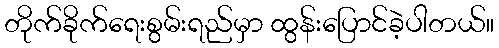
တိုက်ခိုက်ရေးစွမ်းရည်မှာ ထွန်းပြောင်ခဲ့ပါတယ်။